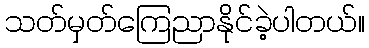
သတ်မှတ်ကြေညာနိုင်ခဲ့ပါတယ်။